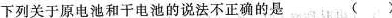
下列关于原电池和干电池的说法不正确的是 ()